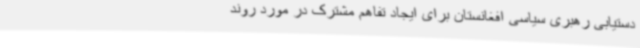
دستیابی رهبری سیاسی افغانستان برای ایجاد تفاهم مشترک در مورد روند